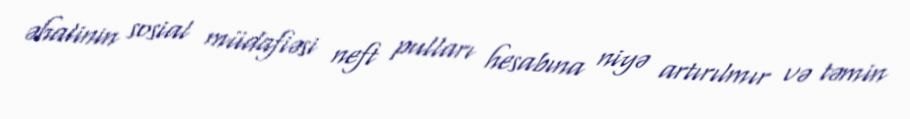
əhalinin sosial müdafiəsi neft pulları hesabına niyə artırılmır və təmin